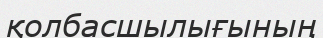
қолбасшылығының